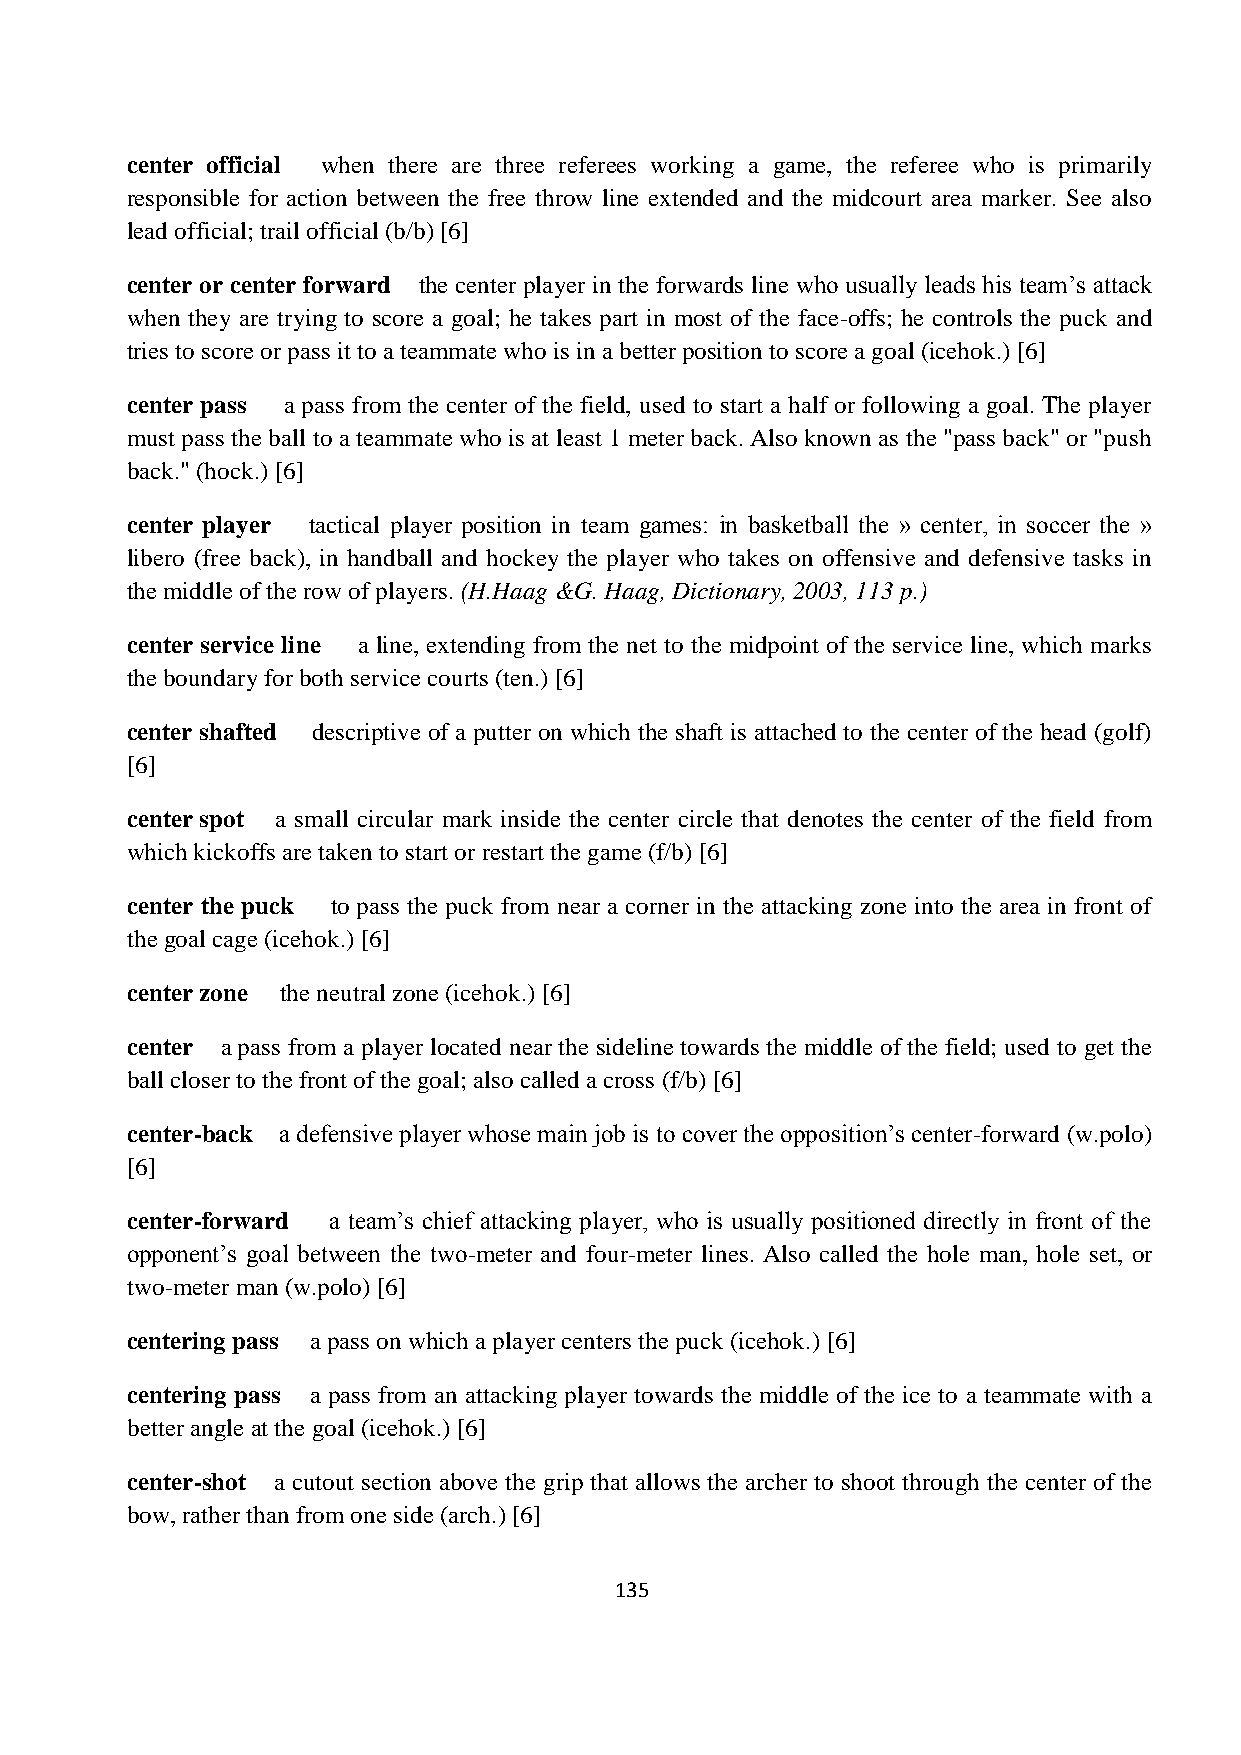
center official when there are three referees working a game, the referee who is primarily
 responsible for action between the free throw line extended and the midcourt area marker. See also
 lead official; trail official (b/b) [6]
 center or center forward the center player in the forwards line who usually leads his team’s attack
 when they are trying to score a goal; he takes part in most of the face-offs; he controls the puck and
 tries to score or pass it to a teammate who is in a better position to score a goal (icehok.) [6]
 center pass a pass from the center of the field, used to start a half or following a goal. The player
 must pass the ball to a teammate who is at least 1 meter back. Also known as the "pass back" or "push
 back." (hock.) [6]
 center player tactical player position in team games: in basketball the » center, in soccer the »
 libero (free back), in handball and hockey the player who takes on offensive and defensive tasks in
 the middle of the row of players. (H.Haag &G. Haag, Dictionary, 2003, 113 p.)
 center service line a line, extending from the net to the midpoint of the service line, which marks
 the boundary for both service courts (ten.) [6]
 center shafted descriptive of a putter on which the shaft is attached to the center of the head (golf)
 [6]
 center spot a small circular mark inside the center circle that denotes the center of the field from
 which kickoffs are taken to start or restart the game (f/b) [6]
 center the puck to pass the puck from near a corner in the attacking zone into the area in front of
 the goal cage (icehok.) [6]
 center zone the neutral zone (icehok.) [6]
 center a pass from a player located near the sideline towards the middle of the field; used to get the
 ball closer to the front of the goal; also called a cross (f/b) [6]
 center-back a defensive player whose main job is to cover the opposition’s center-forward (w.polo)
 [6]
 center-forward a team’s chief attacking player, who is usually positioned directly in front of the
 opponent’s goal between the two-meter and four-meter lines. Also called the hole man, hole set, or
 two-meter man (w.polo) [6]
 centering pass a pass on which a player centers the puck (icehok.) [6]
 centering pass a pass from an attacking player towards the middle of the ice to a teammate with a
 better angle at the goal (icehok.) [6]
 center-shot a cutout section above the grip that allows the archer to shoot through the center of the
 bow, rather than from one side (arch.) [6]
 135